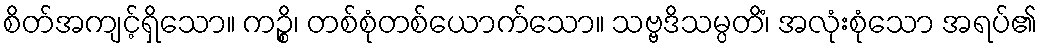
စိတ်အကျင့်ရှိသော။ ကဉ္စိ၊ တစ်စုံတစ်ယောက်သော။ သဗ္ဗဒိသမ္ပတိံ၊ အလုံးစုံသော အရပ်၏